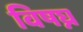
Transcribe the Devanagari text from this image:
विषघ्न